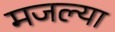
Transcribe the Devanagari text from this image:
मजल्या